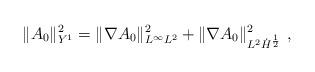
LaTeX: \begin{align*}\|A_0\|_{Y^1}^2 = \| \nabla A_0\|_{L^\infty L^2}^2 + \| \nabla A_0\|_{L^2 \dot H^{\frac12}}^2 \ , \end{align*}